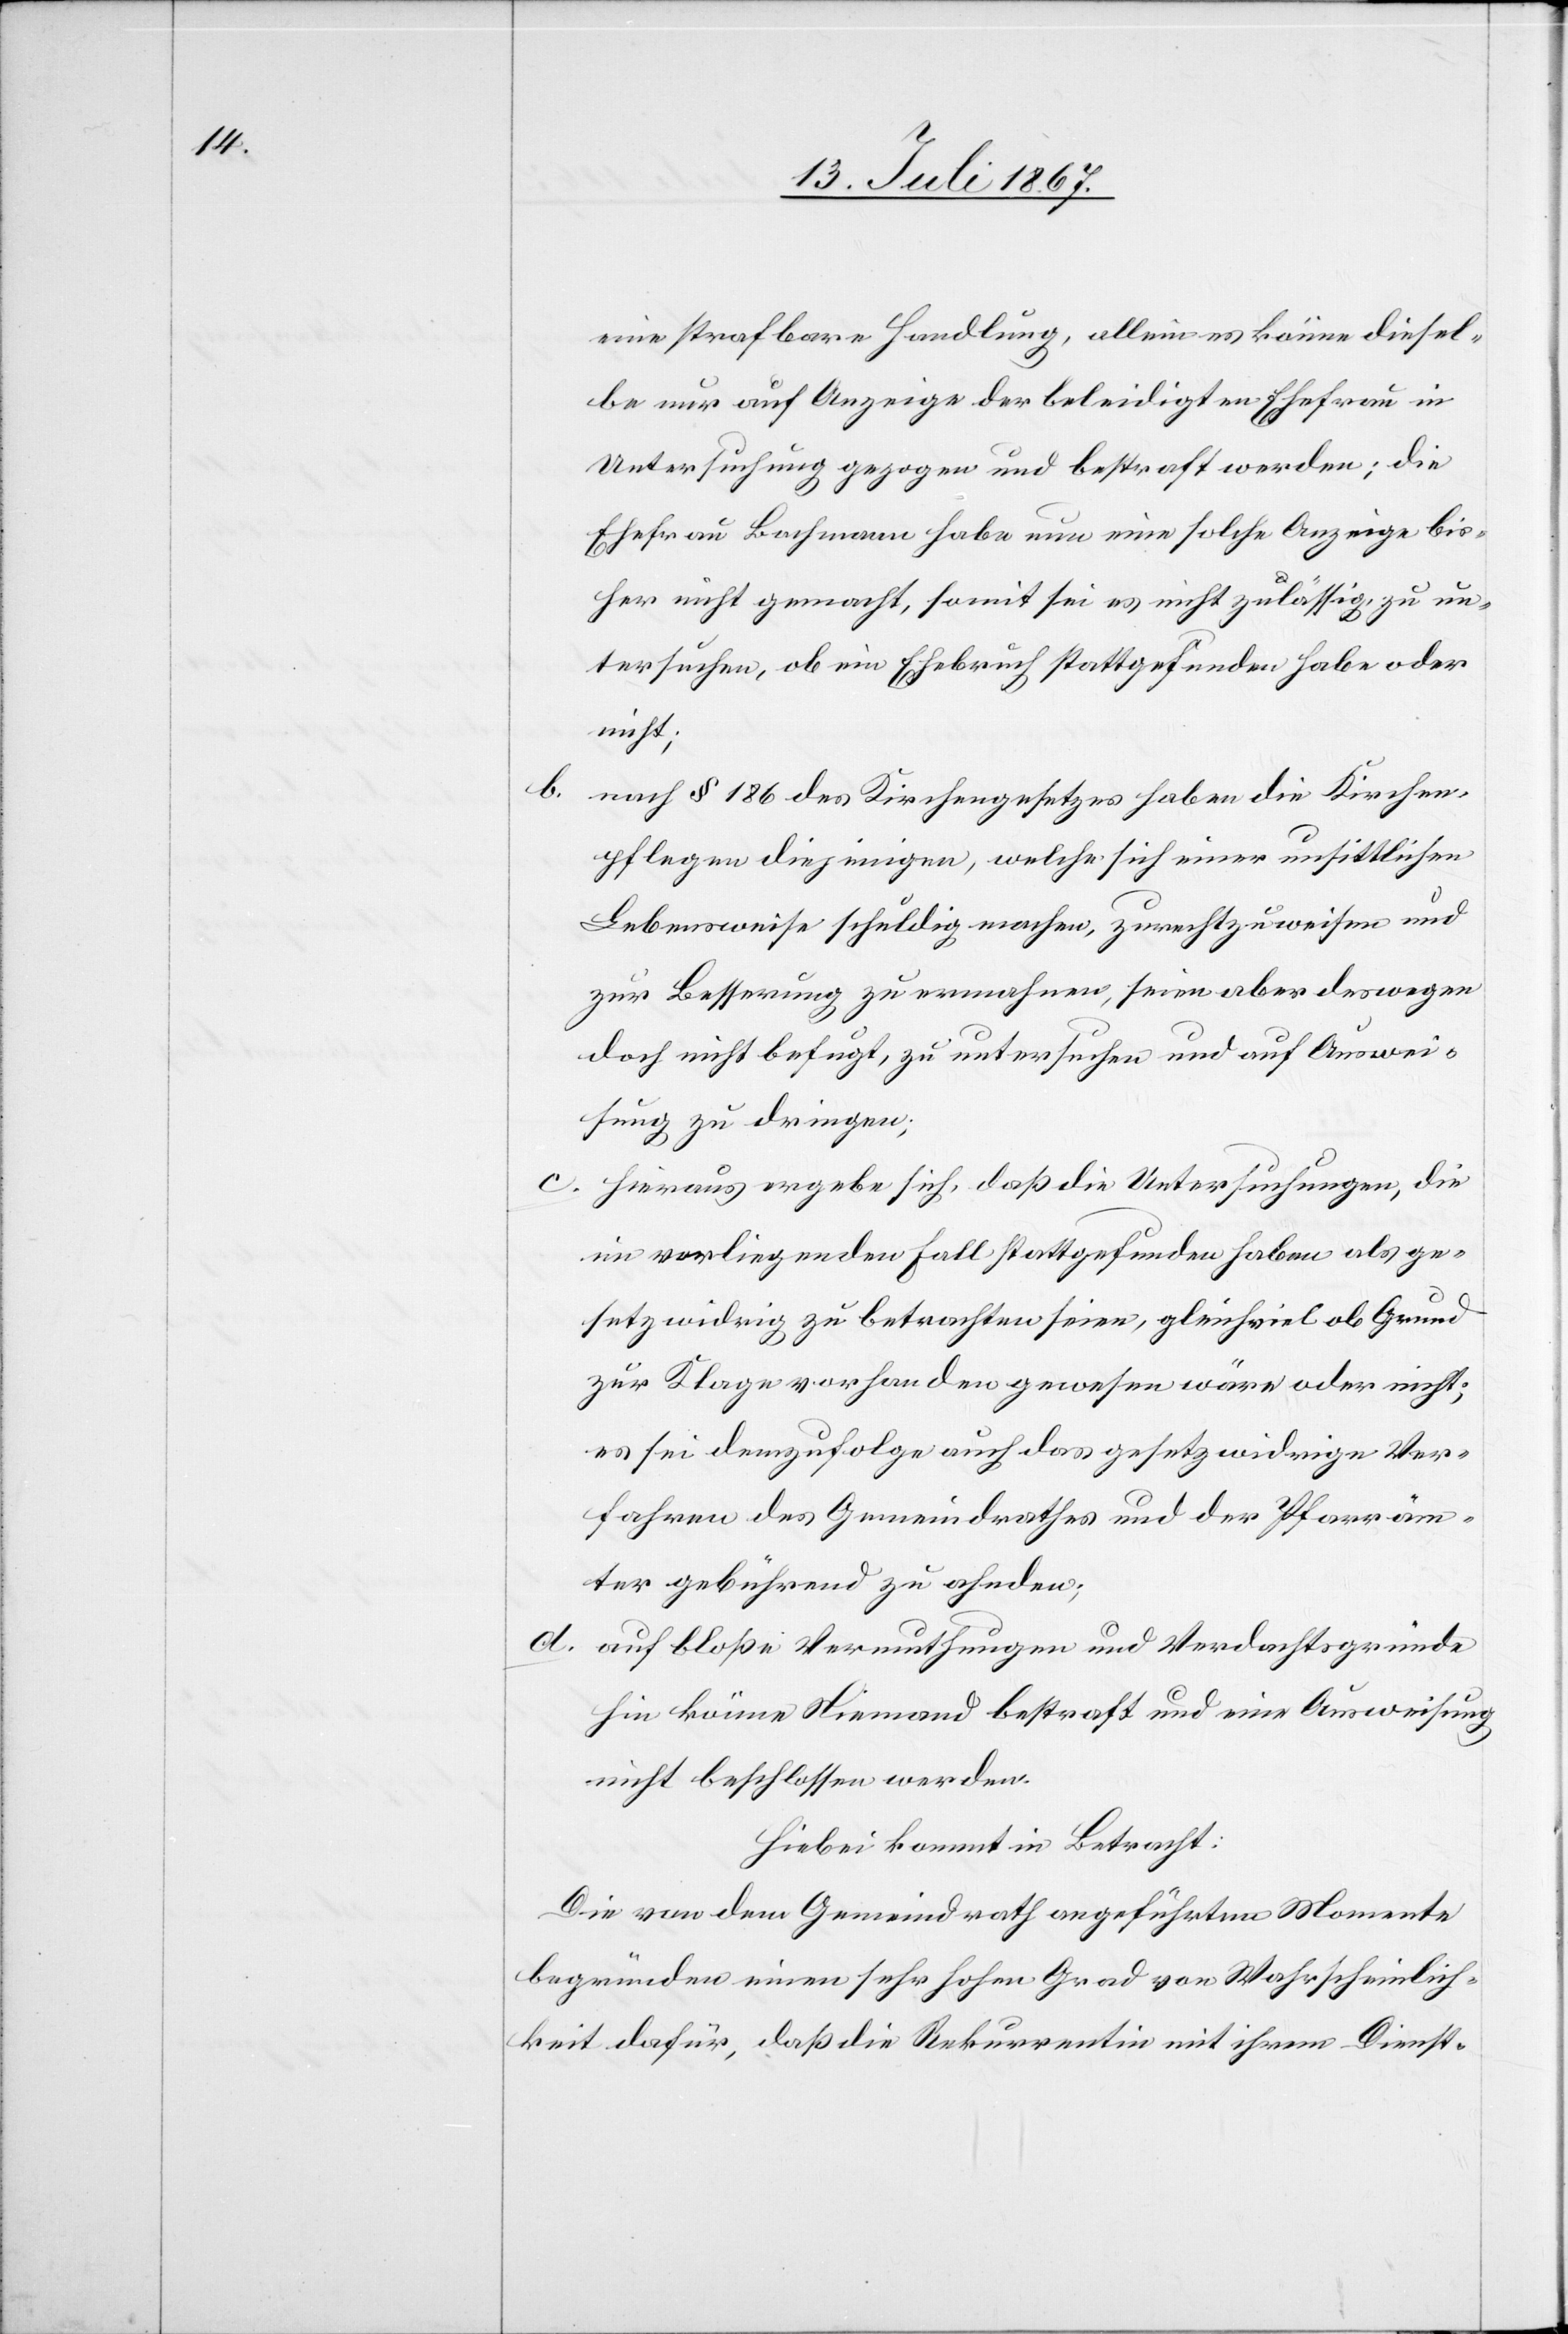
b.

eine strafbare Handlung, allein es könne diesel¬
be nur auf Anzeige der beleidigten Ehefrau in
Untersuchung gezogen und bestraft werden; die
Ehefrau Bachmann habe nun eine solche Anzeige bis¬
her nicht gemacht, somit sei es nicht zulässig, zu un¬
tersuchen, ob ein Ehebruch stattgefunden habe oder
nicht;
nach § 186 des Kirchengesetzes haben die Kirchen¬
pflegen diejenigen, welche sich einer unsittlichen
Lebensweise schuldig machen, zurechtzuweisen und
zur Besserung zu ermahnen, seien aber deswegen
doch nicht befugt, zu untersuchen und auf Auswei¬
sung zu dringen;
c. Hieraus ergebe sich, daß die Untersuchungen, die
im vorliegenden Fall stattgefunden haben als ge¬
setzwidrig zu betrachten seien, gleichviel ob Grund
zur Klage vorhanden gewesen wäre oder nicht;
es sei demzufolge auch das gesetzwidrige Ver¬
fahren des Gemeindrathes und der Pfarräm¬
ter gebührend zu ahnden;
d. auf bloße Vermuthungen und Verdachtsgründe
hin könne Niemand bestraft und eine Ausweisung
nicht beschlossen werden.
Hiebei kommt in Betracht:
Die von dem Gemeindrath angeführten Momente
begründen einen sehr hohen Grad von Wahrscheinlich¬
keit dafür, daß die Rekurrentin mit ihrem Dienst-